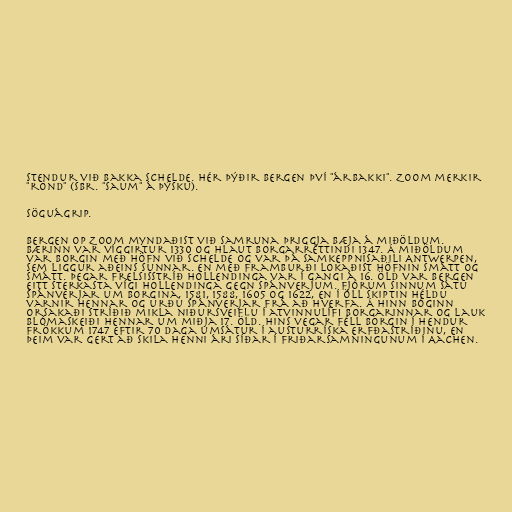
stendur við bakka Schelde. Hér þýðir Bergen því "árbakki". Zoom merkir
"rönd" (sbr. "Saum" á þýsku).

Söguágrip.

Bergen op Zoom myndaðist við samruna þriggja bæja á miðöldum.
Bærinn var víggirtur 1330 og hlaut borgarréttindi 1347. Á miðöldum
var borgin með höfn við Schelde og var þá samkeppnisaðili Antwerpen,
sem liggur aðeins sunnar. En með framburði lokaðist höfnin smátt og
smátt. Þegar frelsisstríð Hollendinga var í gangi á 16. öld var Bergen
eitt sterkasta vígi Hollendinga gegn Spánverjum. Fjórum sinnum sátu
Spánverjar um borgina, 1581, 1588, 1605 og 1622, en í öll skiptin héldu
varnir hennar og urðu Spánverjar frá að hverfa. Á hinn bóginn
orsakaði stríðið mikla niðursveiflu í atvinnulífi borgarinnar og lauk
blómaskeiði hennar um miðja 17. öld. Hins vegar féll borgin í hendur
Frökkum 1747 eftir 70 daga umsátur í austurríska erfðastríðinu, en
þeim var gert að skila henni ári síðar í friðarsamningunum í Aachen.